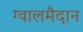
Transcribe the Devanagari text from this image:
ग्वालमैदान